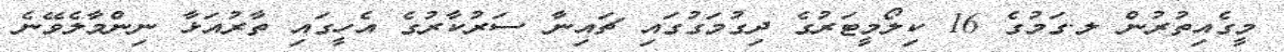
މީގެއިތުރުން ލ.ގަމުގެ 16 ކިލޯމީޓަރުގެ ދިގުމަގުގައި ޗައިނާ ސަރުކާރުގެ އެހީގައި ތާރުއަޅާ ނިންމާލެވޭނެ